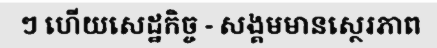
ៗ ហើយសេដ្ឋកិច្ច - សង្គមមានស្ថេរភាព